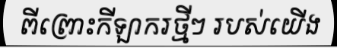
ពីព្រោះកីឡាករថ្មីៗ របស់យើង